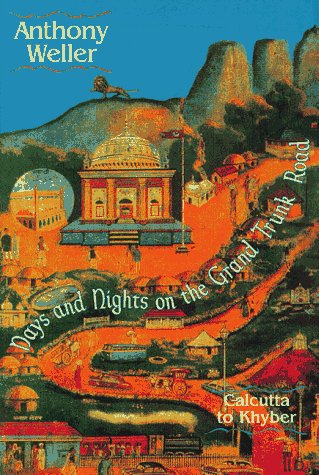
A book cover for Days and Nights on the Grand Trunk Road; Anthony Weller; Travel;